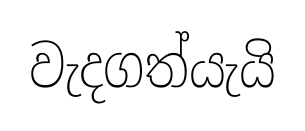
වැදගත්යැයි